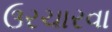
ઉરચારવા